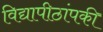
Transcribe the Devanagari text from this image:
विद्यापीठांपकी